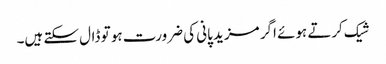
شیک کرتے ہوئے اگر مزید پانی کی ضرورت ہو تو ڈال سکتے ہیں۔